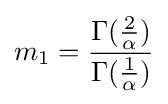
m_{1}={\frac {\Gamma ({\frac {2}{\alpha }})}{\Gamma ({\frac {1}{\alpha }})}}